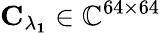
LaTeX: \mathbf{C_{\lambda_{1}}}\in\mathbb{C}^{64\times 64}